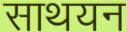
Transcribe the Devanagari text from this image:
साथयन